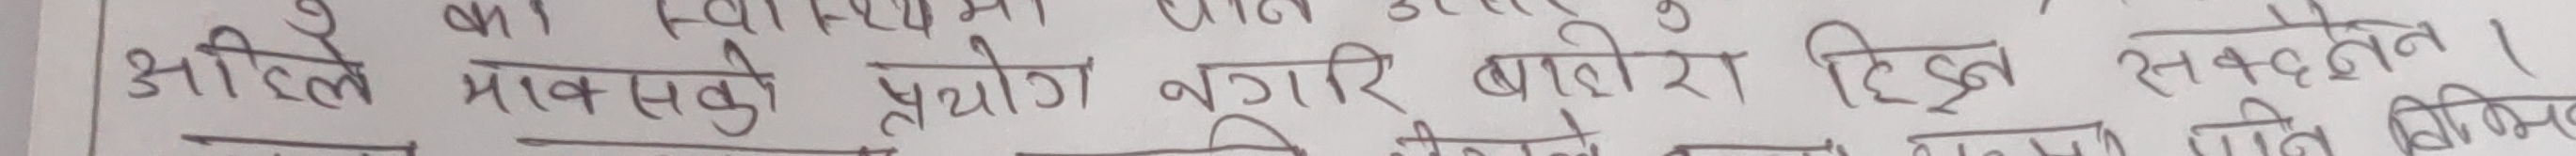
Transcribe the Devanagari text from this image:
अहिले माक्सको प्रयोग नगरे बाहिर दिइ सहन ।